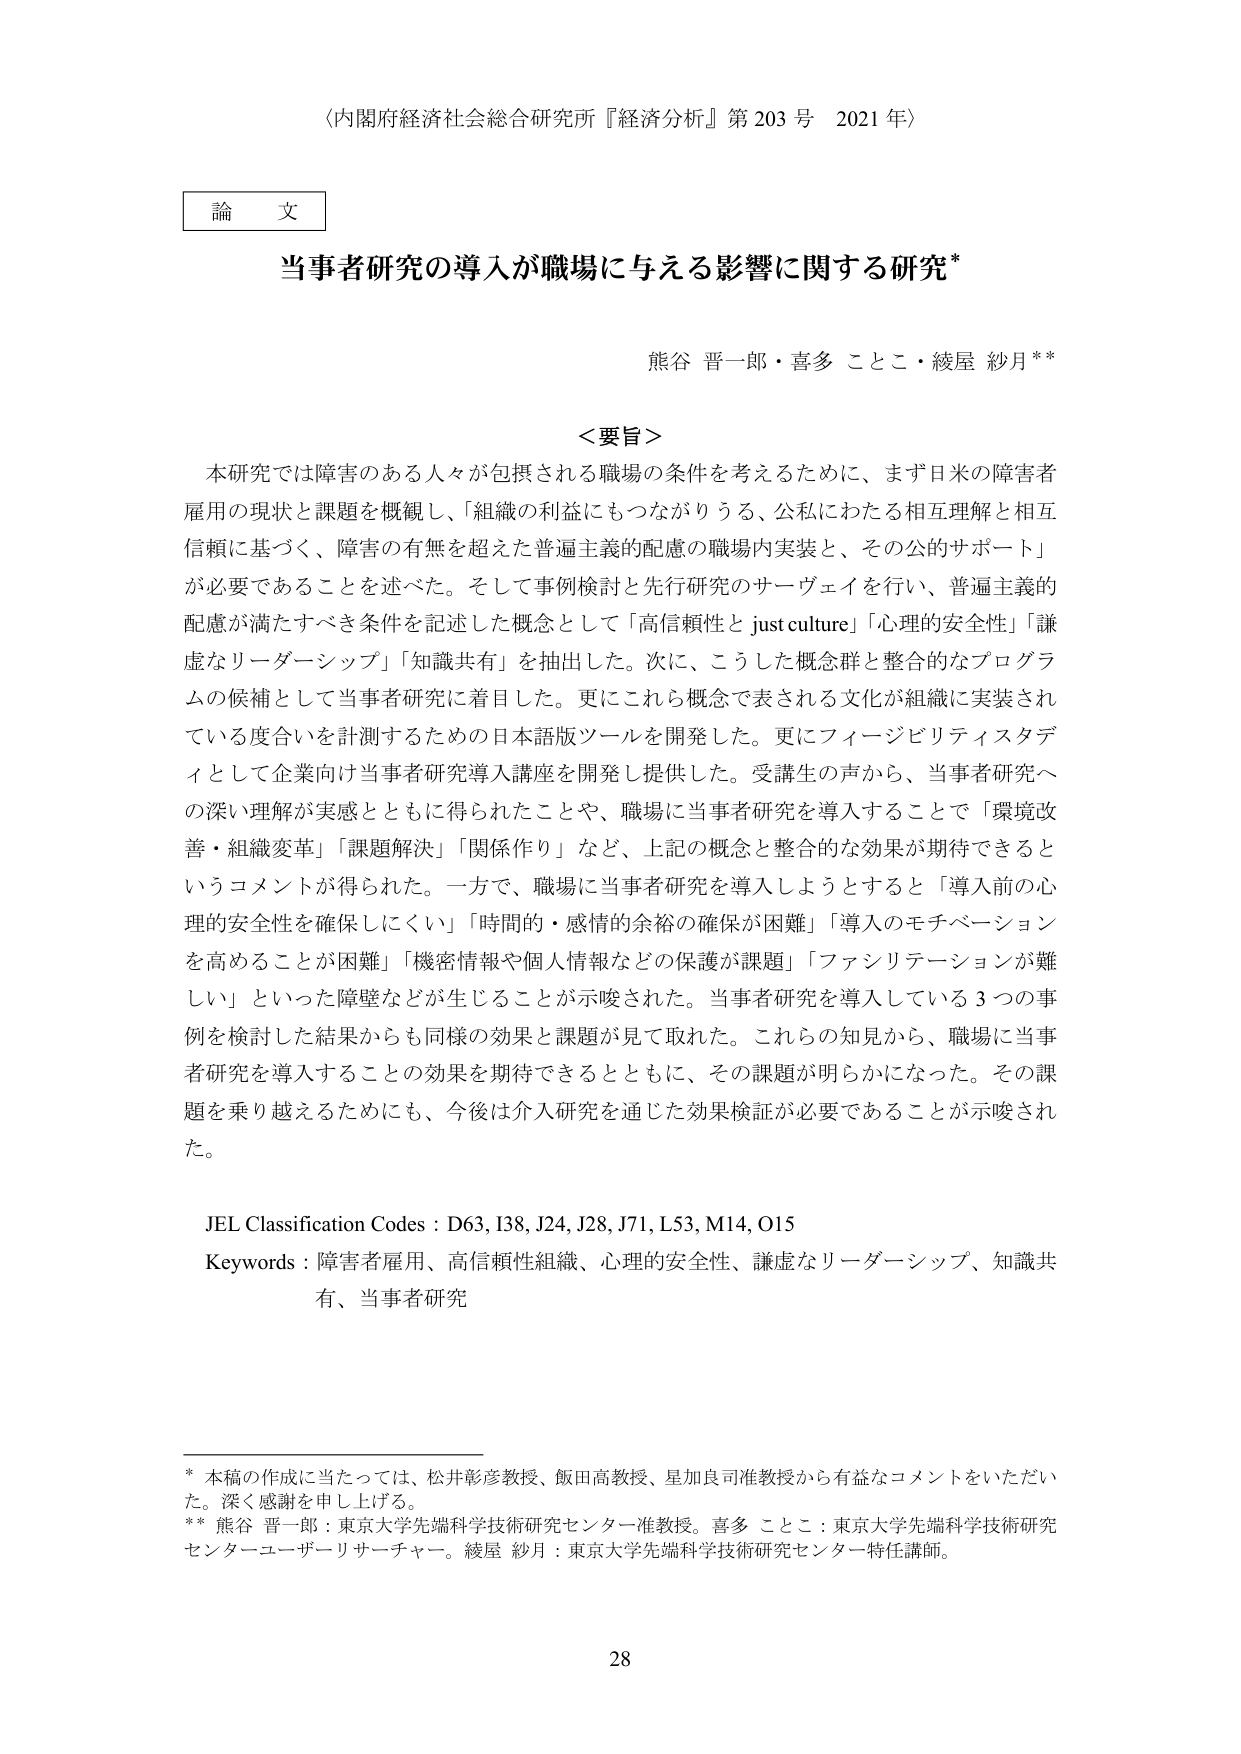
〈内閣府経済社会総合研究所『経済分析』第203号 2021年〉

論文

当事者研究の導入が職場に与える影響に関する研究*

熊谷 晋一郎・喜多 ことこ・綾屋 紗月**

＜要旨＞
本研究では障害のある人々が包摂される職場の条件を考えるために、まず日米の障害者雇用の現状と課題を概観し、「組織の利益にもつながりうる、公私にわたる相互理解と相互信頼に基づく、障害の有無を超えた普遍主義的配慮の職場内実装と、その公的サポート」が必要であることを述べた。そして事例検討と先行研究のサーベイを行い、普遍主義的配慮が満たすべき条件を記述した概念として「高信頼性と just culture」「心理的安全性」「謙虚なリーダーシップ」「知識共有」を抽出した。次に、こうした概念群と整合的なプログラムの候補として当事者研究に着目した。更にこれら概念で表される文化が組織に実装されている度合いを計測するための日本語版ツールを開発した。更にフィージビリティスタディとして企業向け当事者研究導入講座を開発し提供した。受講生の声から、当事者研究への深い理解が実感とともに得られたことや、職場に当事者研究を導入することで「環境改善・組織変革」「課題解決」「関係作り」など、上記の概念と整合的な効果が期待できるというコメントが得られた。一方で、職場に当事者研究を導入しようとするとき「導入前の心理的安全性を確保しにくい」「時間的・感情的余裕の確保が困難」「導入のモチベーションを高めることが困難」「機密情報や個人情報などの保護が課題」「ファシリテーションが難しい」といった障壁などが生じることが示唆された。当事者研究を導入している3つの事例を検討した結果からも同様の効果と課題が見て取れた。これらの知見から、職場に当事者研究を導入することの効果を期待できるとともに、その課題が明らかになった。その課題を乗り越えるためにも、今後は介入研究を通じた効果検証が必要であることが示唆された。

JEL Classification Codes : D63, I38, J24, J28, J71, L53, M14, O15
Keywords : 障害者雇用、高信頼性組織、心理的安全性、謙虚なリーダーシップ、知識共有、当事者研究

* 本稿の作成に当たっては、松井彰彦教授、飯田高教授、星加良司准教授から有益なコメントをいただいた。深く感謝を申し上げる。
** 熊谷 晋一郎：東京大学先端科学技術研究センター准教授。喜多 ことこ：東京大学先端科学技術研究センターユーザーリサーチャー。綾屋 紗月：東京大学先端科学技術研究センター特任講師。

28